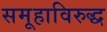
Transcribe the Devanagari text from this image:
समूहाविरुद्ध